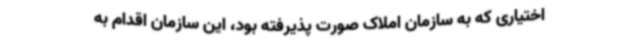
اختیاری که به سازمان املاک صورت پذیرفته بود، این سازمان اقدام به